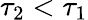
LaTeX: \tau_{2}<\tau_{1}